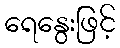
ရေနွေးဖြင့်